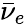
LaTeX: \bar{\nu}_{e}